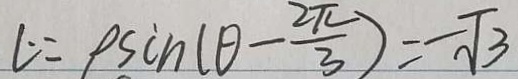
l \because P \sin ( \theta - \frac { 2 \pi } { 3 } ) = - \sqrt { 3 }